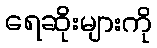
ရေဆိုးများကို